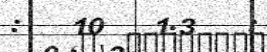
:   10   1.3   :